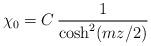
LaTeX: \begin{align*}\chi_0 = C\, \frac{1}{\cosh^2 (mz/2)}\end{align*}